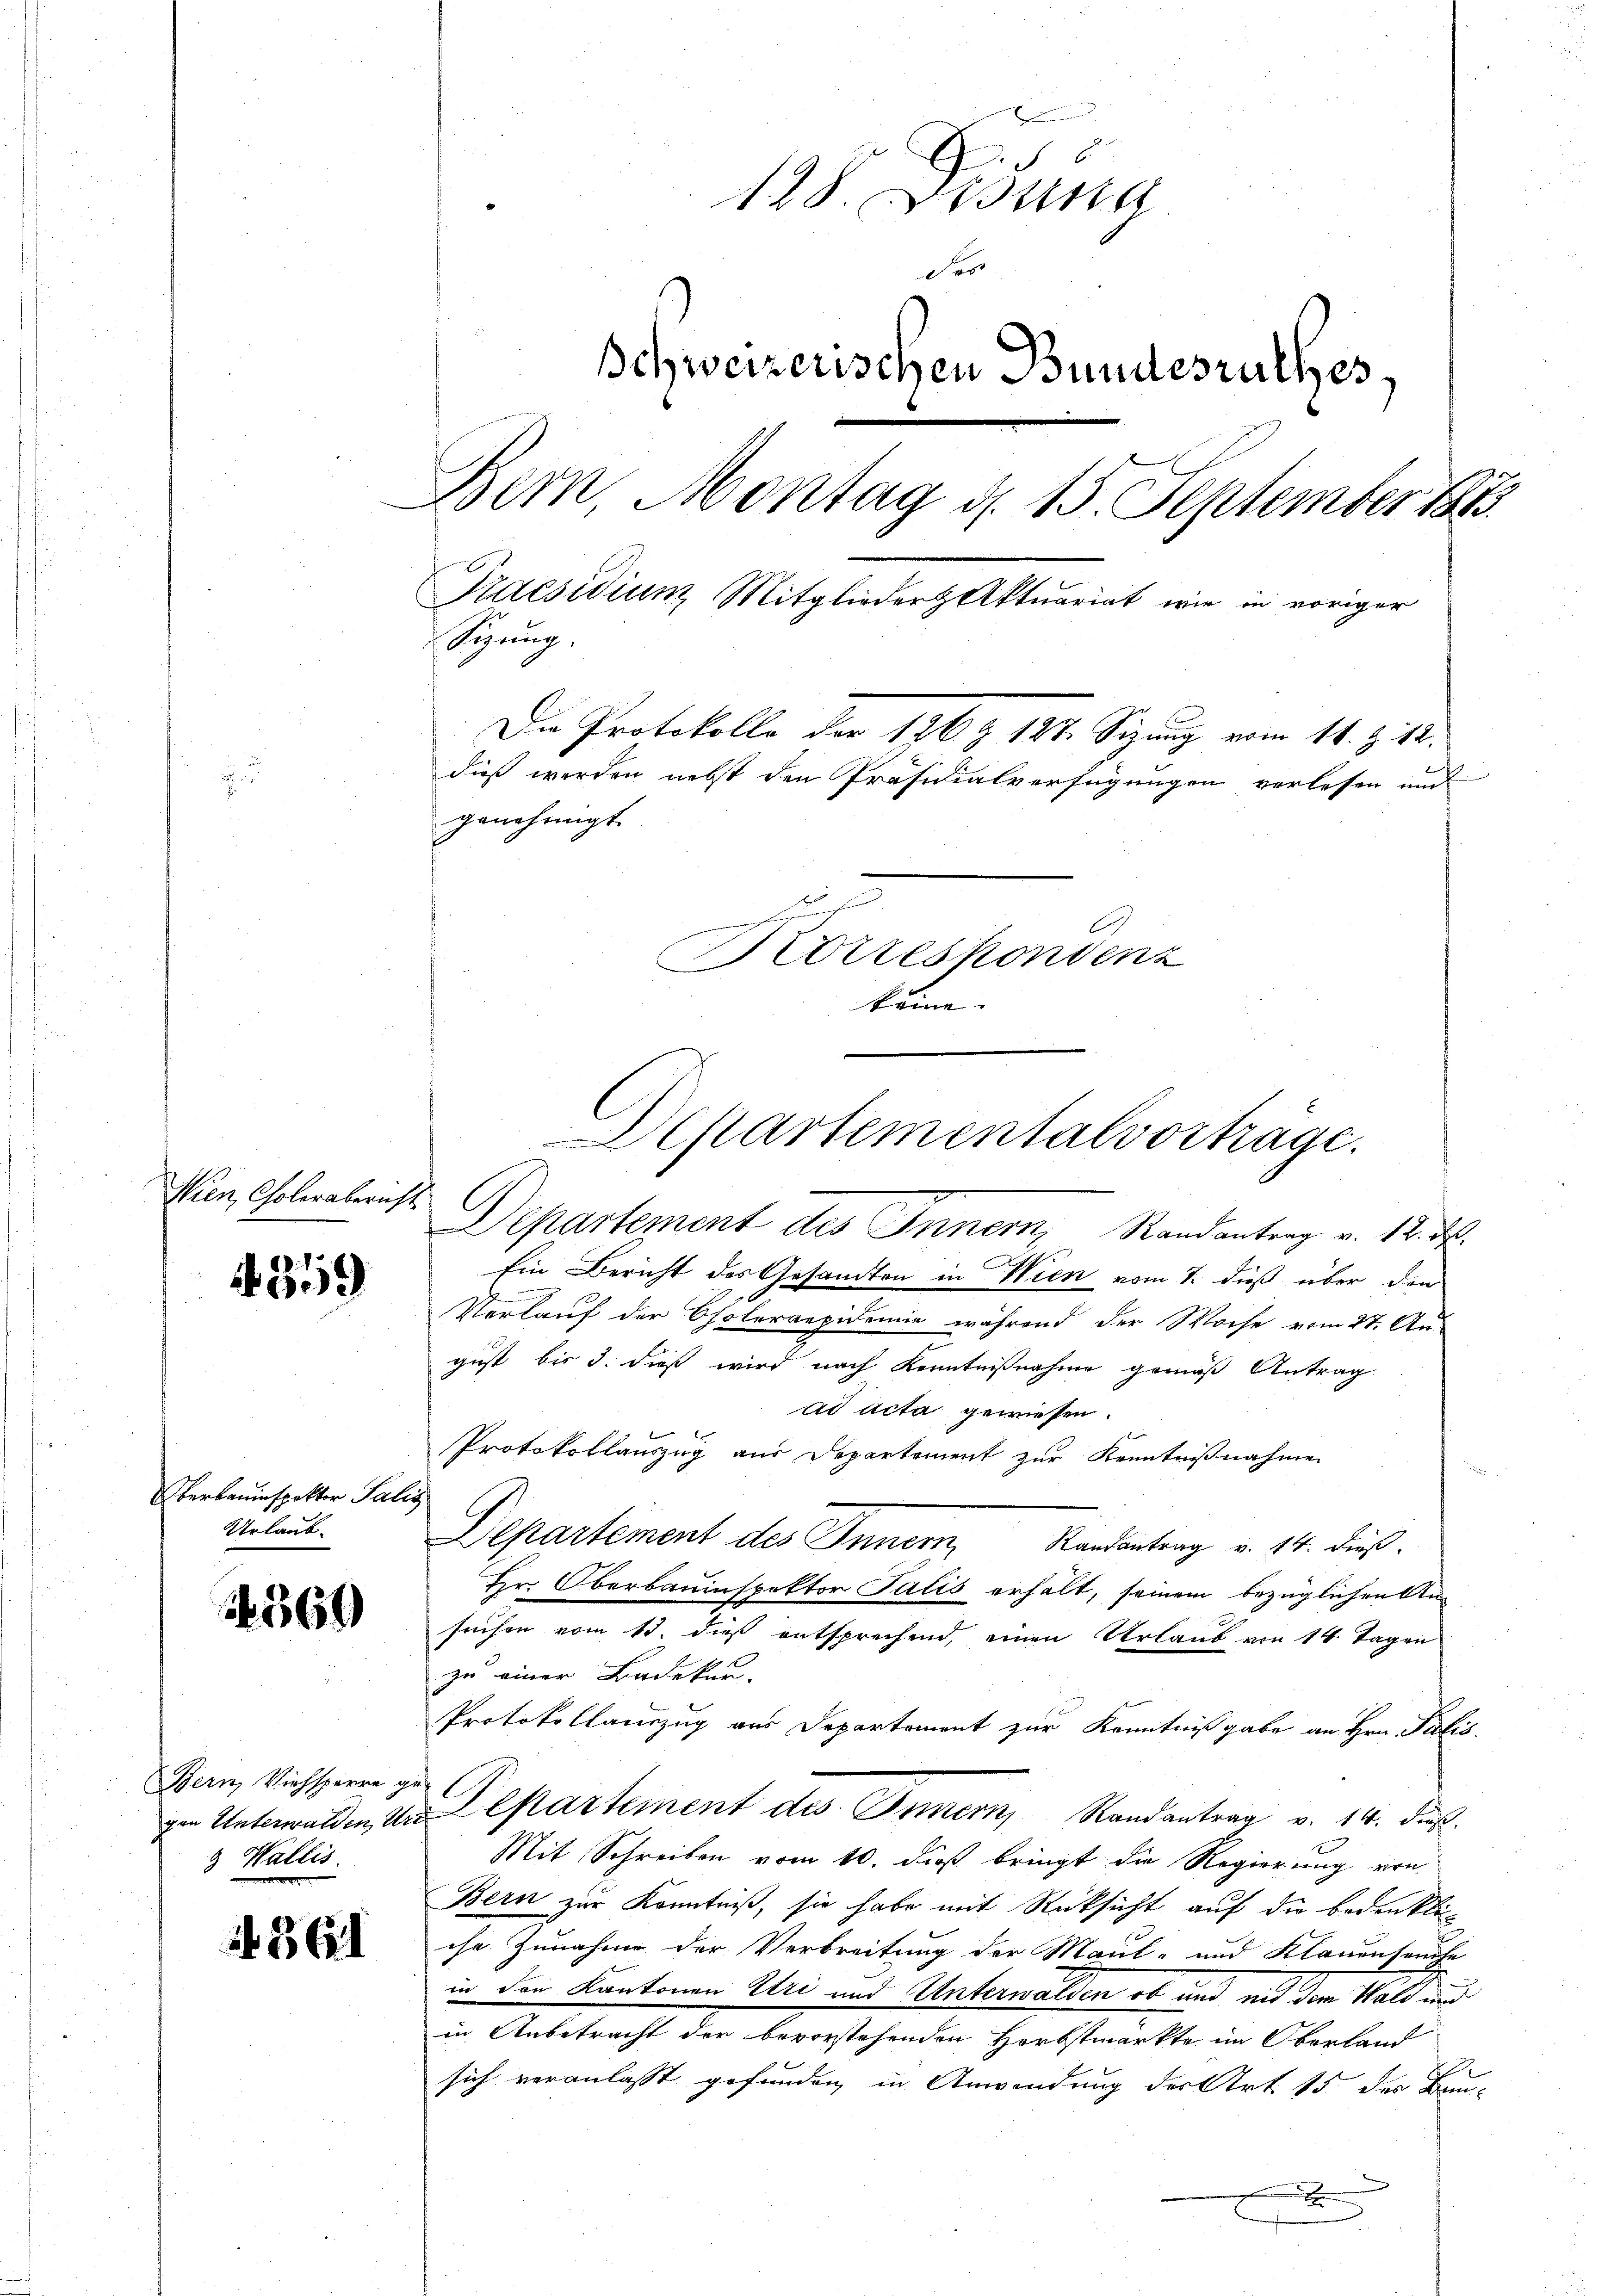
Wien Cholerabericht

359

Überbauinspektor Salis
Urlaub.

569

Bern, Viehsperre ge
gen Unterwalden, Unt
3 Wallis

N 361

s
128. Wi
a
Schweizerischen Bundesrathes,
Bern Montag d. 15. September 1813.
Praesidium Mitglieder Aktuariat wie in voriger
Synng.
Die Protokolle der 126 Z 127 Sizung vom 11. Z. 12.
dieß werden nebst den Präsidialverfügungen verlesen und
genehmigt.
uch
Korrespondenz
keine. |

Departement des Innern, Randantrag v. 12. ds.
Sch
Ein Bericht des Gesandten in Wien vom 7. dieß über den
Verlauf der Choleraepidemie während der Woche vom 27. Au
gust bis 3. dieß wird nach Kenntnißnahme gemäß Antrag
ad acta gewiesen.
Protokollanzug aus Departement zur Kenntnißnahme
Departement des Innern Randantrag v. 14. dieβ.
Hr. Oberbauinspektor Salis erhält, seinem bezüglichen Ansuchen vom 13. dieß entsprechend, einen Urlaub von 14 Tagen
zu einer Badeken.
Protokollanzug aus Departement zur Kenntnißgabe an Hrn. Palis
.
Departement des Innern Randantrag v. 14. dieß
Mit Schreiben vom 10. dieß bringt die Regierung von
Bern zur Kenntniß, sie habe mit Rücksicht auf die Bedenklic
che Zunahme der Verbreitung der Maul- und Klauenseuche
in den Kantonen Uri und Unterwalden ob und mit dem Wald und
in Anbetracht der bevorstehenden Herbstmarkte im Oberland
.
sich veranlasst gefunden, in Anwendung der Art. 15 des Kan¬

Departementalvorträge.